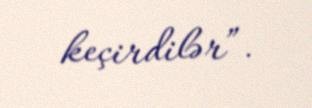
keçirdilər”.